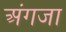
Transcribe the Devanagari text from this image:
अंगजा